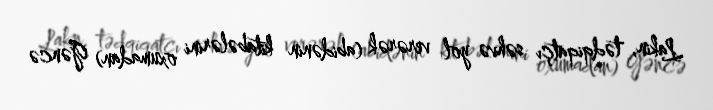
Lakin, tədqiqatçı səhvə yol verərək (abidənin kitabələrini oxumadan) Gəncə